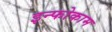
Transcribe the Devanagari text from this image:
इन्फोकाम